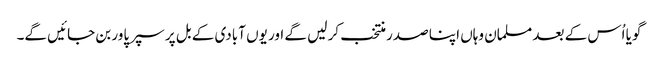
گویا اُس کے بعد مسلمان وہاں اپنا صدر منتخب کر لیں گے اور یوں آبادی کے بل پر سپر پاور بن جائیں گے۔